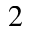
^ 2